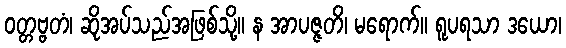
ဝတ္တဗ္ဗတံ၊ ဆိုအပ်သည်အဖြစ်သို့။ န အာပဇ္ဇတိ၊ မရောက်။ ရူပရသာ ဒယော၊